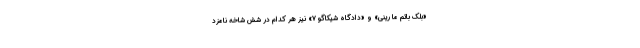
«بلک باتم ما رینی» و «دادگاه شیکاگو ۷» نیز هر کدام در شش شاخه نامزد